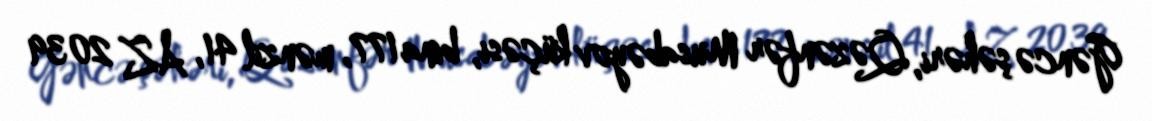
Gəncə şəhəri, Qəzənfər Musabəyov küçəsi, bina 177, mənzil 41, AZ 2039